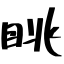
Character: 眺